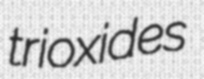
trioxides